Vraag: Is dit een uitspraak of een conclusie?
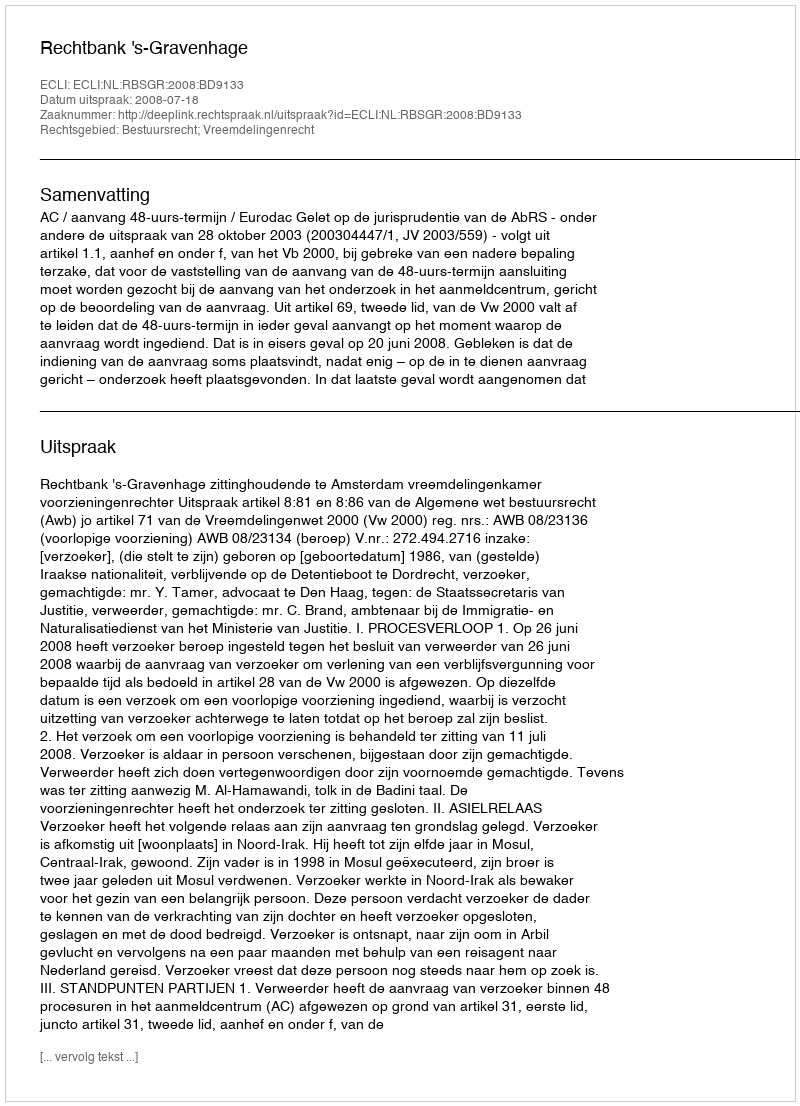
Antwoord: Uitspraak